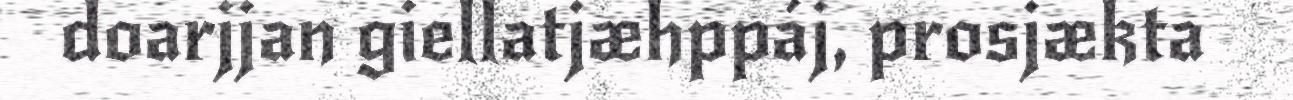
doarjjan giellatjæhppáj, prosjækta